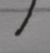
Signature authenticity: genuine